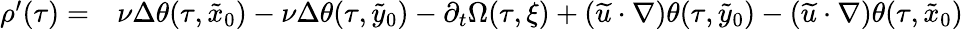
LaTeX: \begin{array}{rl}{\rho^{\prime}(\tau)=}&{{}\nu\Delta\theta(\tau,\tilde{x}_{0})-\nu\Delta\theta(\tau,\tilde{y}_{0})-\partial_{t}\Omega(\tau,\xi)+(\widetilde u\cdot\nabla)\theta(\tau,\tilde{y}_{0})-(\widetilde u\cdot\nabla)\theta(\tau,\tilde{x}_{0})}\end{array}